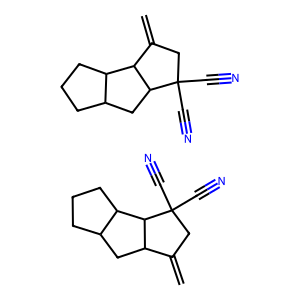
SMILES: C=C1CC(C#N)(C#N)C2C1CC1CCCC12.C=C1CC(C#N)(C#N)C2CC3CCCC3C12
Inhibits HIV replication: No